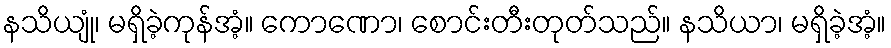
နသိယျုံ၊ မရှိခဲ့ကုန်အံ့။ ကောဏော၊ စောင်းတီးတုတ်သည်။ နသိယာ၊ မရှိခဲ့အံ့။